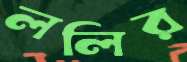
ললির